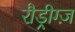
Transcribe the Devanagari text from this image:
रौड्रीग्ज़